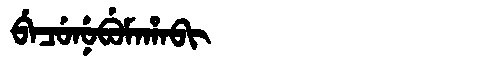
Manchu: ᠪᡝᠴᡠᠨᡠᠪᡠᠮᠠᡥᠠᠪᡳ
Romanization: BECUNUBUMAHABI